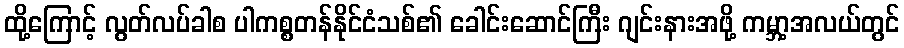
ထို့ကြောင့် လွတ်လပ်ခါစ ပါကစ္စတန်နိုင်ငံသစ်၏ ခေါင်းဆောင်ကြီး ဂျင်းနားအဖို့ ကမ္ဘာ့အလယ်တွင်